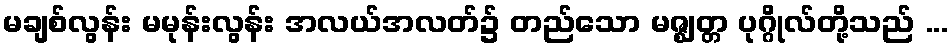
မချစ်လွန်း မမုန်းလွန်း အလယ်အလတ်၌ တည်သော မဇ္ဈတ္တ ပုဂ္ဂိုလ်တို့သည် ...